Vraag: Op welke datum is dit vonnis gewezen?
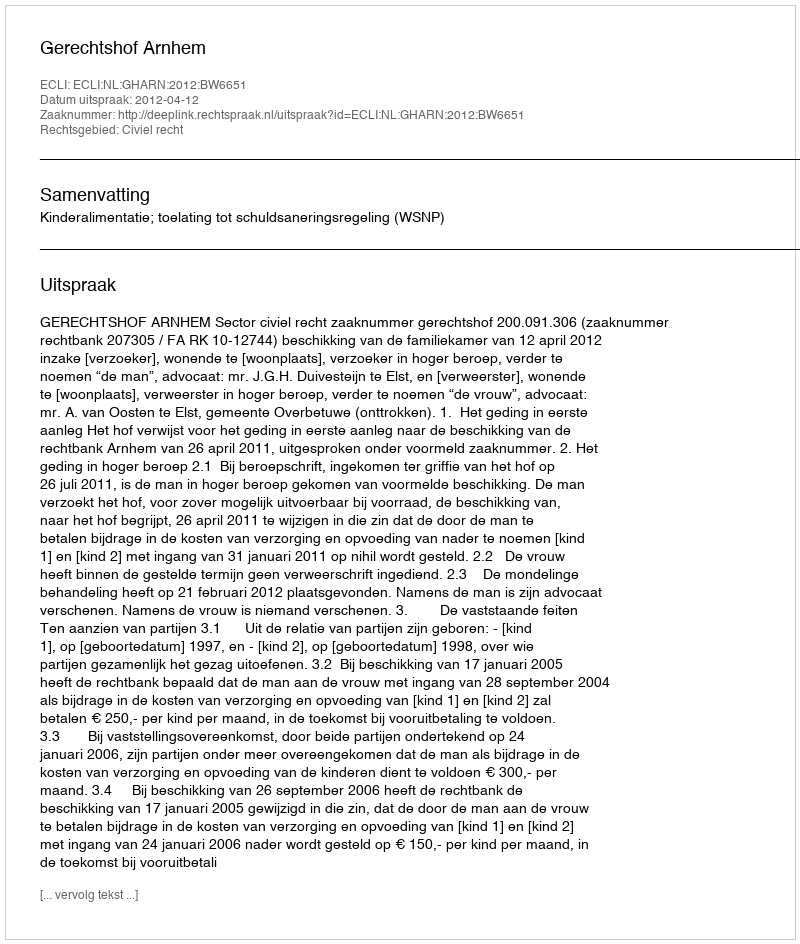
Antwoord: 2012-04-12